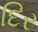
દિર